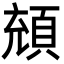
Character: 𩒘